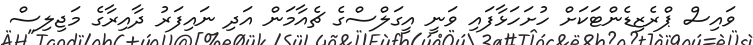
ވައިސް ޕްރެޒިޑެންޓަކަށް ހުށަހަޅާފައި ވަނީ އީގަލްސްގެ ޗެއާމަން އަދި ނައިފަރު ދާއިރާގެ މަޖިލިސް